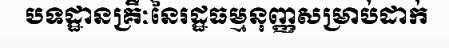
បទដ្ឋានគ្រឹៈនៃរដ្ឋធម្មនុញ្ញសម្រាប់ដាក់